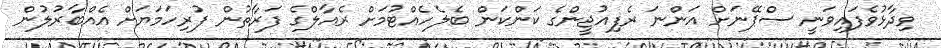
ވިދާޅުވެފައިވަނީ ސްޕޭނަށް އަންނަ ރެފިއުޖީންގެ ކަންކަން ބެލެހެއްޓުމަށް ރެއާލްގެ ފަރާތުން ފުރިހަމަޔަށް އެއްބާރުލުން